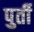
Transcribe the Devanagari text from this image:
पुर्ती